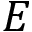
E